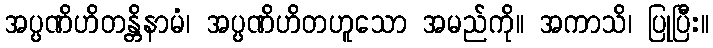
အပ္ပဏိဟိတန္တိနာမံ၊ အပ္ပဏိဟိတဟူသော အမည်ကို။ အကာသိ၊ ပြုပြီး။